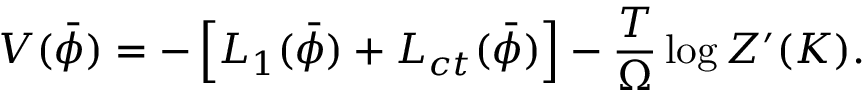
V ( \bar { \phi } ) = - \left[ { \cal L } _ { 1 } ( \bar { \phi } ) + { \cal L } _ { c t } ( \bar { \phi } ) \right] - \frac { T } { \Omega } \log Z ^ { \prime } ( K ) .